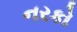
નરકો